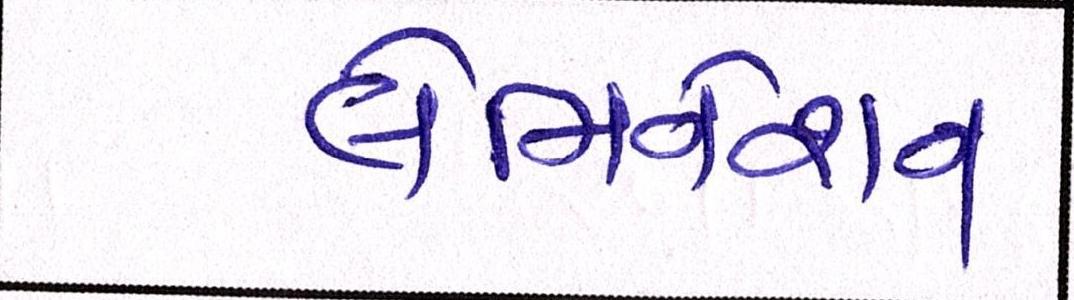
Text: લેમિનેશન